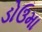
ડોઉમા